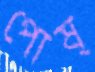
পোষ্‌